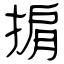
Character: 掮